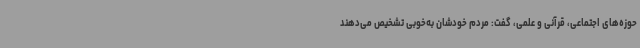
حوزه‌های اجتماعی، قرآنی و علمی، گفت: مردم خودشان به‌خوبی تشخیص می‌دهند